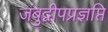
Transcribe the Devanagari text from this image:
जंबुद्वीपप्रज्ञप्ति